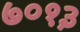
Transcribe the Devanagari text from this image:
७०१३